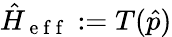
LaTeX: \hat{H}_{\mathrm{~e~f~f~}}:=T(\hat{p})